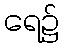
ရေ၌